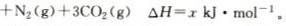
$$+N_{2}(g)+3CO_{2}(g)$$ $$\triangle H=x kJ\cdot mol^{-1}$$。